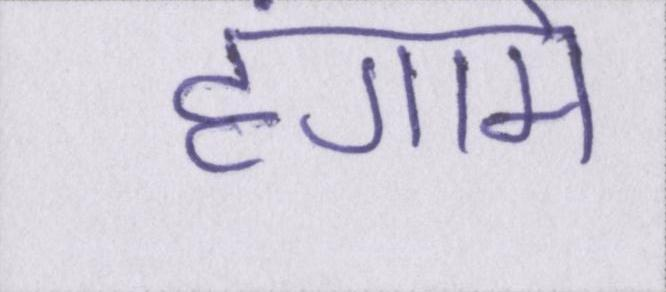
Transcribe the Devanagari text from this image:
हंगामे